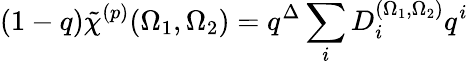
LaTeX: (1-q)\tilde{\chi}^{(p)}(\Omega_{1},\Omega_{2})=q^{\Delta}\sum_{i}D_{i}^{(\Omega_{1},\Omega_{2})}q^{i}